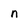
Character: n